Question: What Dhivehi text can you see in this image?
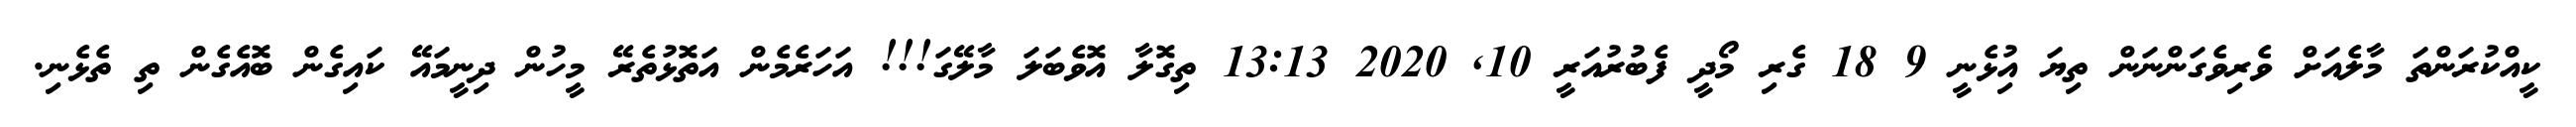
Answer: ކީއްކުރަންތަ މާލެއަށް ވެރިވެގަންނަން ތިޔަ އިުޅެނީ 9 18 ގެރި މޯދީ ފެބުރުއަރީ 10, 2020 13:13 ތިގޮލާ އޮވެބަލަ މާލޭގަ!!! އަހަރެމެން އަތޮޅުތެރޭ މީހުން ދިނީމައޭ ކައިގެން ބޮއެގެން ތި ތެޅެނި.